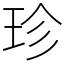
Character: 珍